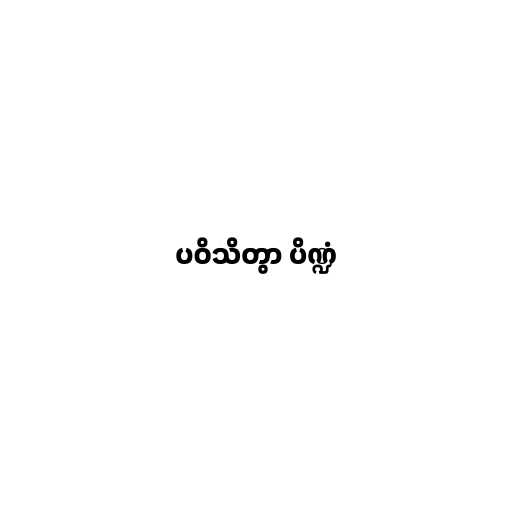
ပဝိသိတွာ ပိဏ္ဍံ